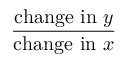
\frac { { \mathrm { c h a n g e ~ i n ~ } } y } { { \mathrm { c h a n g e ~ i n ~ } } x }